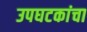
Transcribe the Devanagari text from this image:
उपघटकांचा